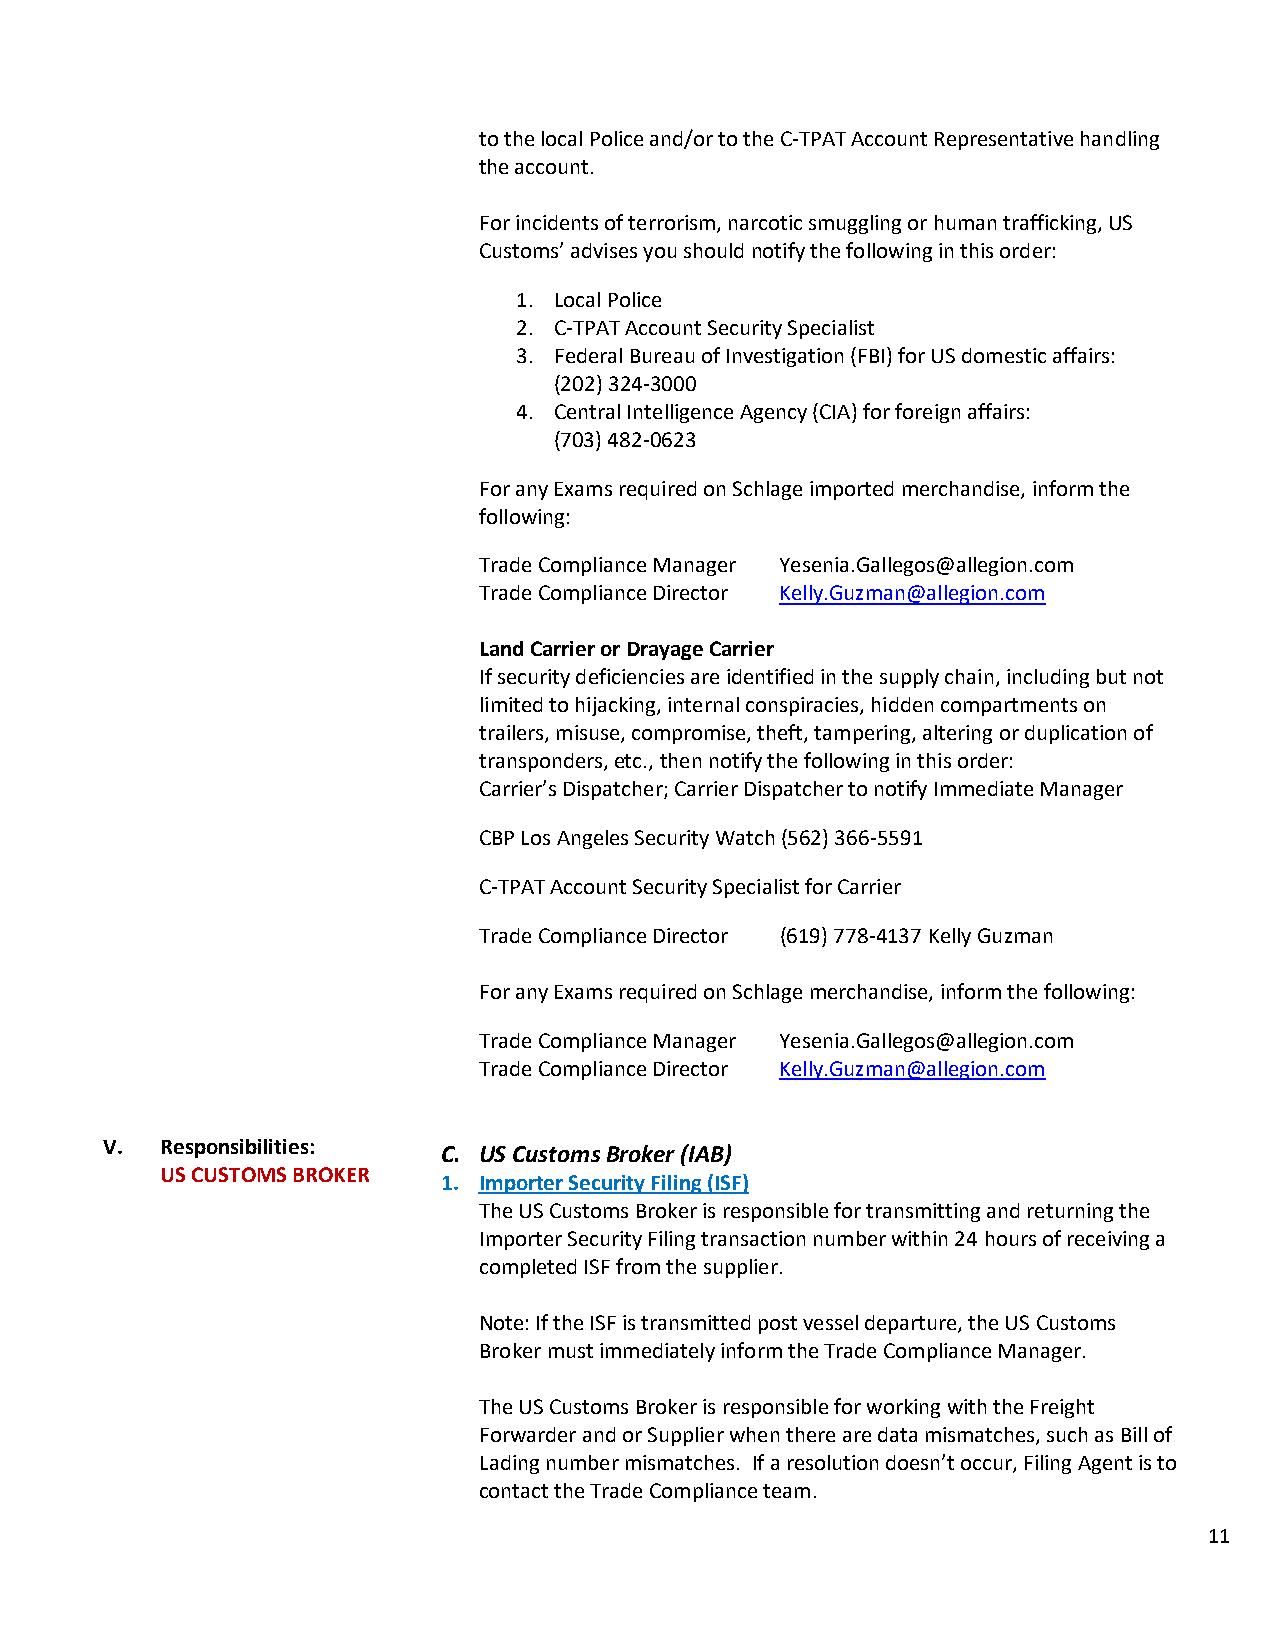
to the local Police and/or to the C-TPAT Account Representative handling
 the account.
 For incidents of terrorism, narcotic smuggling or human trafficking, US
 Customs’ advises you should notify the following in this order:
 1. Local Police
 2. C-TPAT Account Security Specialist
 3. Federal Bureau of Investigation (FBI) for US domestic affairs:
 (202) 324-3000
 4. Central Intelligence Agency (CIA) for foreign affairs:
 (703) 482-0623
 For any Exams required on Schlage imported merchandise, inform the
 following:
 Trade Compliance Manager Yesenia.Gallegos@allegion.com
 Trade Compliance Director Kelly.Guzman@allegion.com
 Land Carrier or Drayage Carrier
 If security deficiencies are identified in the supply chain, including but not
 limited to hijacking, internal conspiracies, hidden compartments on
 trailers, misuse, compromise, theft, tampering, altering or duplication of
 transponders, etc., then notify the following in this order:
 Carrier’s Dispatcher; Carrier Dispatcher to notify Immediate Manager
 CBP Los Angeles Security Watch (562) 366-5591
 C-TPAT Account Security Specialist for Carrier
 Trade Compliance Director (619) 778-4137 Kelly Guzman
 For any Exams required on Schlage merchandise, inform the following:
 Trade Compliance Manager Yesenia.Gallegos@allegion.com
 Trade Compliance Director Kelly.Guzman@allegion.com
 V.  Responsibilities:
 C. US Customs Broker (IAB)
 US CUSTOMS BROKER
 1. Importer Security Filing (ISF)
 The US Customs Broker is responsible for transmitting and returning the
 Importer Security Filing transaction number within 24 hours of receiving a
 completed ISF from the supplier.
 Note: If the ISF is transmitted post vessel departure, the US Customs
 Broker must immediately inform the Trade Compliance Manager.
 The US Customs Broker is responsible for working with the Freight
 Forwarder and or Supplier when there are data mismatches, such as Bill of
 Lading number mismatches. If a resolution doesn’t occur, Filing Agent is to
 contact the Trade Compliance team.
 11